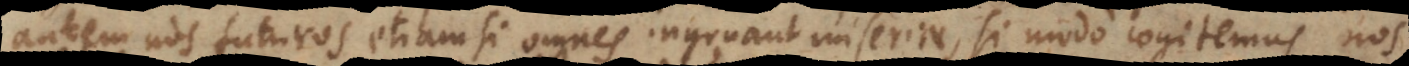
autem nos futuros etiamsi omnes ingruant miseriae, si modo cogitemus nos